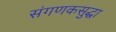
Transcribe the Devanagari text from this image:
संगणकसुद्धा